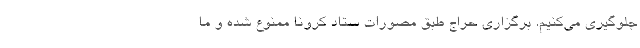
جلوگیری می‌کنیم. برگزاری حراج طبق مصورات ستاد کرونا ممنوع شده و ما